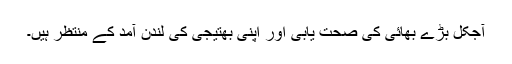
آجکل بڑے بھائی کی صحت یابی اور اپنی بھتیجی کی لندن آمد کے منتظر ہیں۔